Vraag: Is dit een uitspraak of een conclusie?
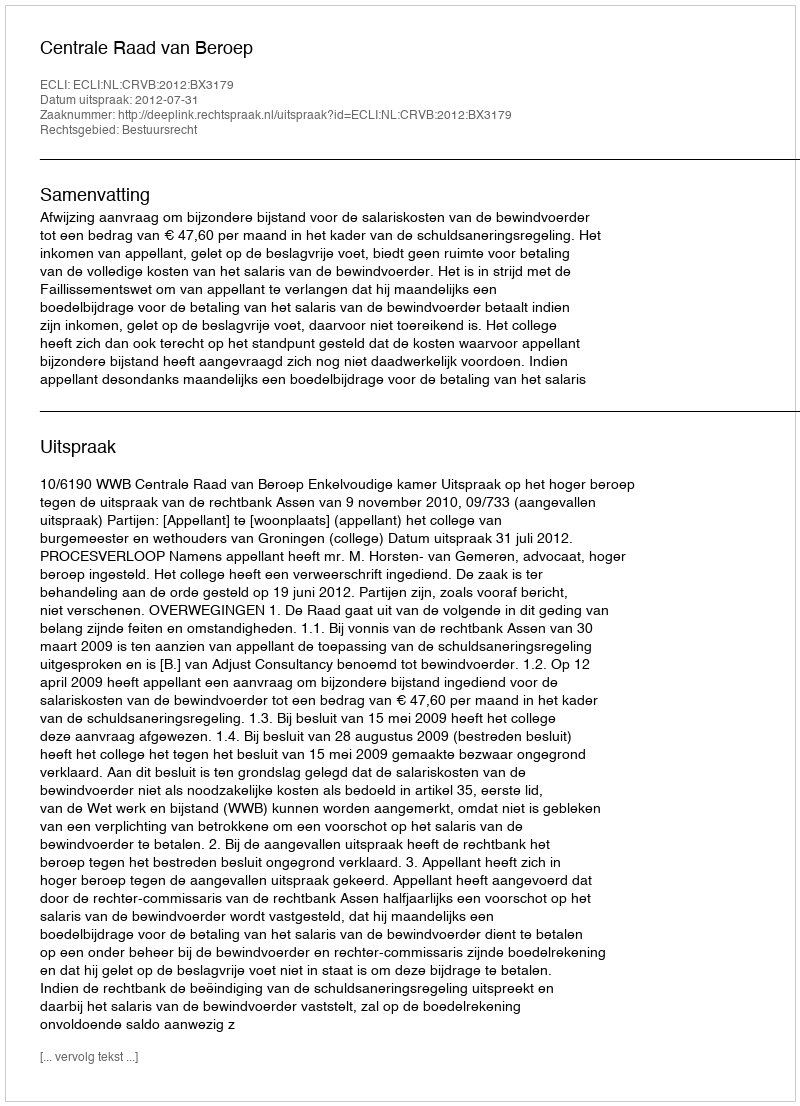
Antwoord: Uitspraak